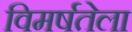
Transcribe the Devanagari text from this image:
विमर्षतेला